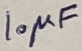
Text: 10µF